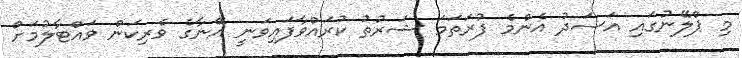
މި ޕްލޭނުގައި އަސަދު އެންމެ ފުރަތަމަ ޝަރުތު ކުރައްވާފައިވަނީ އޭނާގެ ވެރިކަން ވައްޓާލުމަށް